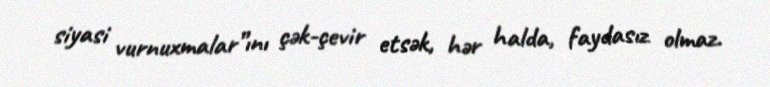
siyasi vurnuxmalar”ını çək-çevir etsək, hər halda, faydasız olmaz.